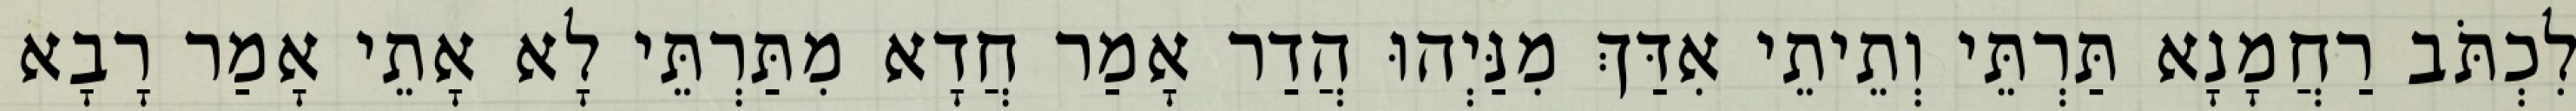
לִכְתֹּב רַחֲמָנָא תַּרְתֵּי וְתֵיתֵי אִדַּךְ מִנַּיְהוּ הֲדַר אָמַר חֲדָא מִתַּרְתֵּי לָא אָתֵי אָמַר רָבָא